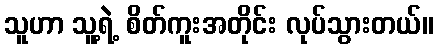
သူဟာ သူ့ရဲ့ စိတ်ကူးအတိုင်း လုပ်သွားတယ်။